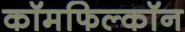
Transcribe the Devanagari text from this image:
कॉमफिल्कॉन